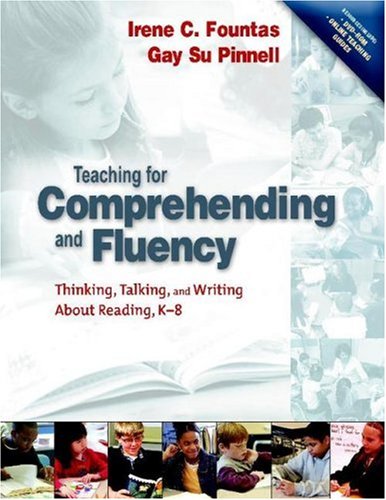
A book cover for Teaching for Comprehending and Fluency: Thinking, Talking, and Writing About Reading, K-8; Irene Fountas; Reference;